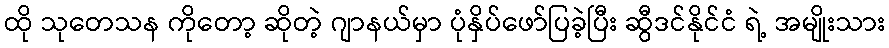
ထို သုတေသန ကိုတော့ ဆိုတဲ့ ဂျာနယ်မှာ ပုံနှိပ်ဖော်ပြခဲ့ပြီး ဆွီဒင်နိုင်ငံ ရဲ့ အမျိုးသား